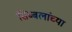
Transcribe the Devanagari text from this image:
सिब्बलांच्या